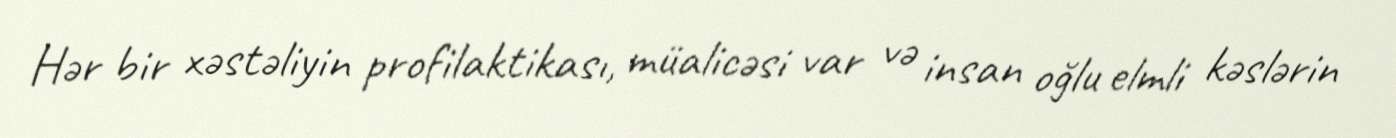
Hər bir xəstəliyin profilaktikası, müalicəsi var və insan oğlu elmli kəslərin